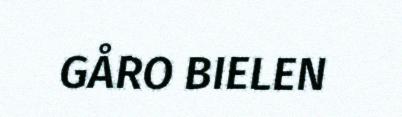
GÅRO BIELEN